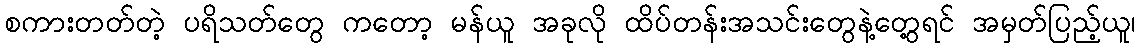
စကားတတ်တဲ့ ပရိသတ်တွေ ကတော့ မန်ယူ အခုလို ထိပ်တန်းအသင်းတွေနဲ့တွေ့ရင် အမှတ်ပြည့်ယူ၊